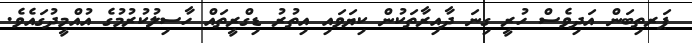
ޕަރތިބަން އަދިވެސް ހުރީ ގިނަ ދާއިރާތަކުން ކިޔަވައި އިތުރު ޑިގްރީތައް ހާސިލުކުރުމުގެ އުއްމީދުގައެވެ.